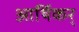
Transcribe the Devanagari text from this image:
आर्थिकर्